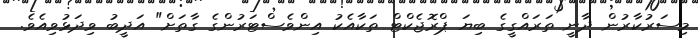
މިސަރުކާރުން ދާނީ ތަރައްގީގެ ބިޔަ ޕްރޮޖެކްޓް ތަކާއެކު އިންވެސްޓަރުންގެ ގާތަށް" އަދީބު ވިދަޅުވިއެވެ.